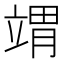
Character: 𬔤